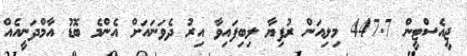
ޖީއެސްޓީން 447.7 މިލިއަން ރުފިޔާ ލިބިފައިވާ އިރު ދެވަނައަށް އެންމެ ބޮޑު އާމްދަނީއެއް